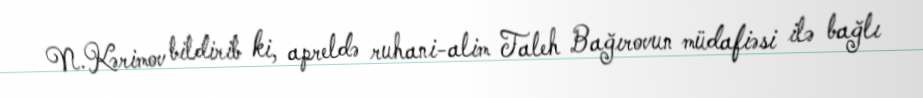
N.Kərimov bildirib ki, apreldə ruhani-alim Taleh Bağırovun müdafiəsi ilə bağlı